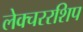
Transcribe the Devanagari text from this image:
लेक्चररशिप